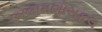
ભલામણોસફલ